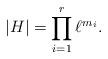
LaTeX: \begin{align*} |H| = \prod_{i=1}^r \ell^{m_i}.\end{align*}